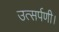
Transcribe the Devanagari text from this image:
उत्सर्पणी।